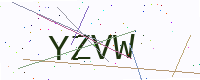
Text: YZVW